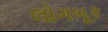
લોગબૂક